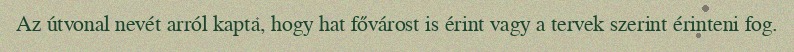
Az útvonal nevét arról kapta, hogy hat fővárost is érint vagy a tervek szerint érinteni fog.